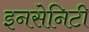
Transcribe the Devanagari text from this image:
इनसेनिटी